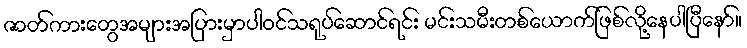
ဇာတ်ကားတွေအများအပြားမှာပါဝင်သရုပ်ဆောင်ရင်း မင်းသမီးတစ်ယောက်ဖြစ်လို့နေပါပြီနော်။